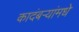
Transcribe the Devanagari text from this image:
कादंबर्‍यांमधे